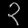
Digit: ၃